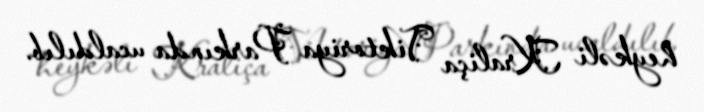
heykəli Kraliça Viktoriya Parkında ucaldılıb.